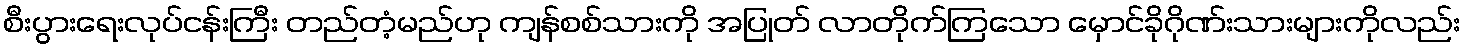
စီးပွားရေးလုပ်ငန်းကြီး တည်တံ့မည်ဟု ကျန်စစ်သားကို အပြုတ် လာတိုက်ကြသော မှောင်ခိုဂိုဏ်းသားများကိုလည်း